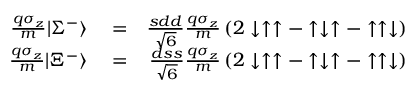
\begin{array} { r l r } { { \frac { q \sigma _ { z } } { m } } | \Sigma ^ { - } \rangle } & { { } = } & { { \frac { s d d } { \sqrt { 6 } } } { \frac { q \sigma _ { z } } { m } } \left( 2 \downarrow \uparrow \uparrow - \uparrow \downarrow \uparrow - \uparrow \uparrow \downarrow \right) } \\ { { \frac { q \sigma _ { z } } { m } } | \Xi ^ { - } \rangle } & { { } = } & { { \frac { d s s } { \sqrt { 6 } } } { \frac { q \sigma _ { z } } { m } } \left( 2 \downarrow \uparrow \uparrow - \uparrow \downarrow \uparrow - \uparrow \uparrow \downarrow \right) } \end{array}